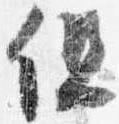
但